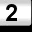
Digit: 2